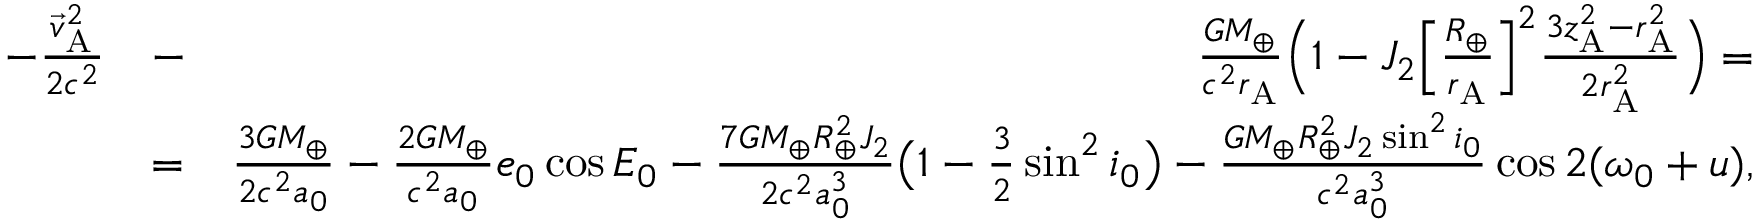
\begin{array} { r l r } { - \frac { { \vec { v } } _ { \mathrm { A } } ^ { 2 } } { 2 c ^ { 2 } } } & { - } & { \frac { G M _ { \oplus } } { c ^ { 2 } r _ { \mathrm { A } } } \Big ( 1 - J _ { 2 } \Big [ \frac { R _ { \oplus } } { r _ { \mathrm { A } } } \Big ] ^ { 2 } \frac { 3 z _ { \mathrm { A } } ^ { 2 } - r _ { \mathrm { A } } ^ { 2 } } { 2 r _ { \mathrm { A } } ^ { 2 } } \Big ) = } \\ & { = } & { \frac { 3 G M _ { \oplus } } { 2 c ^ { 2 } a _ { 0 } } - \frac { 2 G M _ { \oplus } } { c ^ { 2 } a _ { 0 } } e _ { 0 } \cos { \cal E } _ { 0 } - \frac { 7 G M _ { \oplus } R _ { \oplus } ^ { 2 } J _ { 2 } } { 2 c ^ { 2 } a _ { 0 } ^ { 3 } } \big ( 1 - { \textstyle \frac { 3 } { 2 } } \sin ^ { 2 } i _ { 0 } \big ) - \frac { G M _ { \oplus } R _ { \oplus } ^ { 2 } J _ { 2 } \sin ^ { 2 } i _ { 0 } } { c ^ { 2 } a _ { 0 } ^ { 3 } } \cos 2 ( \omega _ { 0 } + u ) , } \end{array}